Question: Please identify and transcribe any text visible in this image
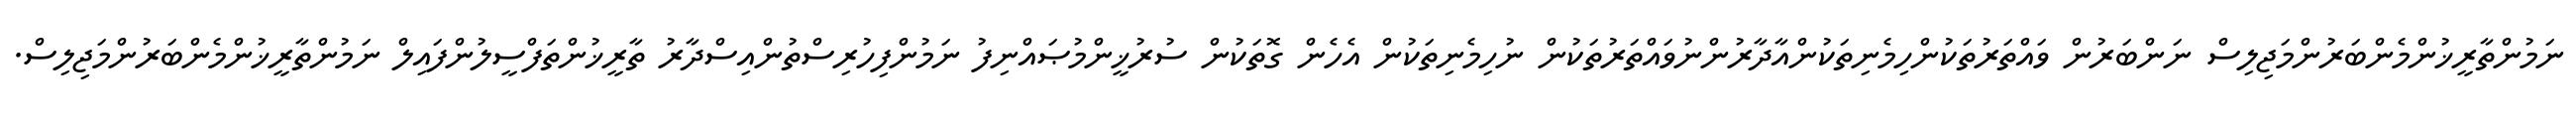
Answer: ނަމުންތާރީޚުންމެންބަރުންމަޖިލިސް ނަންބަރުން ވައްތަރުތަކުންހިމެނިތަކުންއާދާރުންނުވައްތަރުތަކުން ނުހިމެނިތަކުން އެހެން ގޮތަކުން ސުރުޚީންމުޞައްނިފު ނަމުންފިހުރިސްތުންއިސްދާރު ތާރީޚުންތަފްސީލުންފައިލް ނަމުންތާރީޚުންމެންބަރުންމަޖިލިސް.